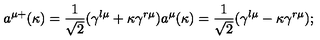
a ^ { \mu + } ( \kappa ) = \frac 1 { \sqrt { 2 } } ( \gamma ^ { l \mu } + \kappa \gamma ^ { r \mu } ) a ^ { \mu } ( \kappa ) = \frac 1 { \sqrt { 2 } } ( \gamma ^ { l \mu } - \kappa \gamma ^ { r \mu } ) ;